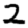
Digit: 2